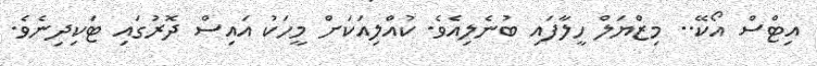
އިޓްސް އޯކޭ.. މިޒްޔަލް ހީލާފައި ބުނެލިއެވެ. ކުއްލިއަކަށް މީހަކު އައިސް ދޮރުގައި ޓަކިދިނެވެ.